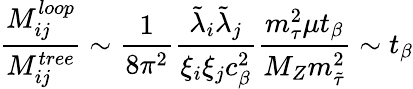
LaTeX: {\frac{M_{ij}^{loop}}{M_{ij}^{tree}}}\sim{\frac{1}{8\pi^{2}}}{\frac{\tilde{\lambda}_{i}\tilde{\lambda}_{j}}{\xi_{i}\xi_{j}c_{\beta}^{2}}}{\frac{m_{\tau}^{2}\mu t_{\beta}}{M_{Z}m_{\tilde{\tau}}^{2}}}\sim t_{\beta}